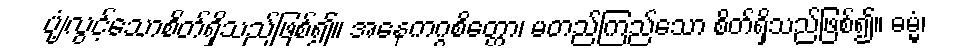
ပျံ့လွင့်သောစိတ်ရှိသည်ဖြစ်၍။ အနေကဂ္ဂစိတ္တော၊ မတည်ကြည်သော စိတ်ရှိသည်ဖြစ်၍။ ဓမ္မံ၊